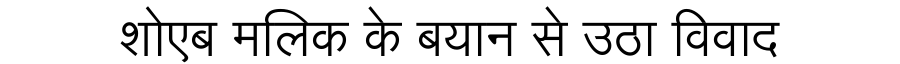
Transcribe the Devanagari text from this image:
शोएब मलिक के बयान से उठा विवाद